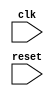
module timing_control_and_sync (
    input wire clk,
    input wire reset,
    // Add additional input/outputs as needed
);

// Add your Verilog code for timing control and synchronization blocks here

endmodule